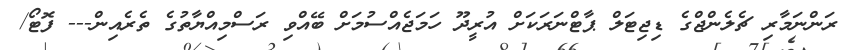
ރަންނަމާރި ޗެލެންޖްގެ ޑިޖިޓަލް ޕާޓްނަރަކަށް އުރީދޫ ހަމަޖެއްސުމަށް ބޭއްވި ރަސްމިއްޔާތުގެ ތެރެއިން--- ފޮޓޯ/